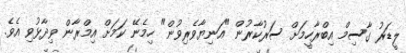
ލީޑަރު ގާސިމް އިބްރާހީމަށް ސަރުކާރުން "އަނިޔާވެރިވުން" ހިމެނޭ ކަމަށް އިމްރާން ވިދާޅުވި އެވެ.